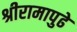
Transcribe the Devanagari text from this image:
श्रीरामापुढे